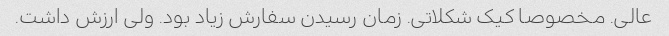
عالی. مخصوصا کیک شکلاتی. زمان رسیدن سفارش زیاد بود. ولی ارزش داشت.